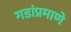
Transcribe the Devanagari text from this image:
गडांप्रमाणे